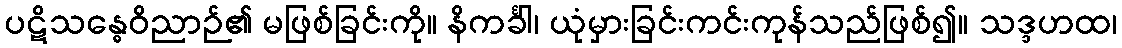
ပဋိသန္ဓေဝိညာဉ်၏ မဖြစ်ခြင်းကို။ နိကင်္ခါ၊ ယုံမှားခြင်းကင်းကုန်သည်ဖြစ်၍။ သဒ္ဒဟထ၊